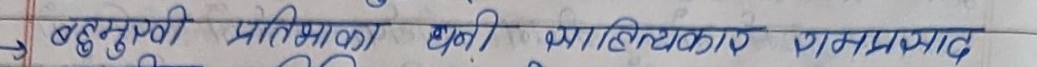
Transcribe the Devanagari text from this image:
बहुमुखी प्रतिभाका धनी भाषिकविद रत्नप्रसाद